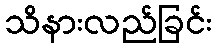
သိနားလည်ခြင်း